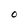
Character: O